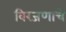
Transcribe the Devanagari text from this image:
विरजणाचे